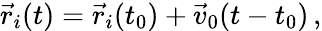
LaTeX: \vec{r}_{i}(t)=\vec{r}_{i}(t_{0})+\vec{v}_{0}(t-t_{0})\, ,